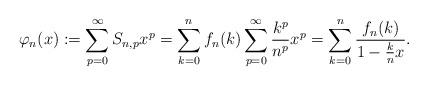
LaTeX: \begin{align*} \varphi_n(x) := \sum\limits_{p=0}^\infty S_{n,p} x^p = \sum\limits_{k=0}^n f_n(k) \sum\limits_{p=0}^\infty \frac{k^p}{n^p} x^p = \sum\limits_{k=0}^n \frac{f_n(k)}{1 - \frac{k}{n} x}.\end{align*}